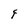
Character: F